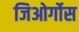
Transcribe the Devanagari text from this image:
जिओर्गोस